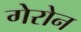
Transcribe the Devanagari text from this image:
गेरोन